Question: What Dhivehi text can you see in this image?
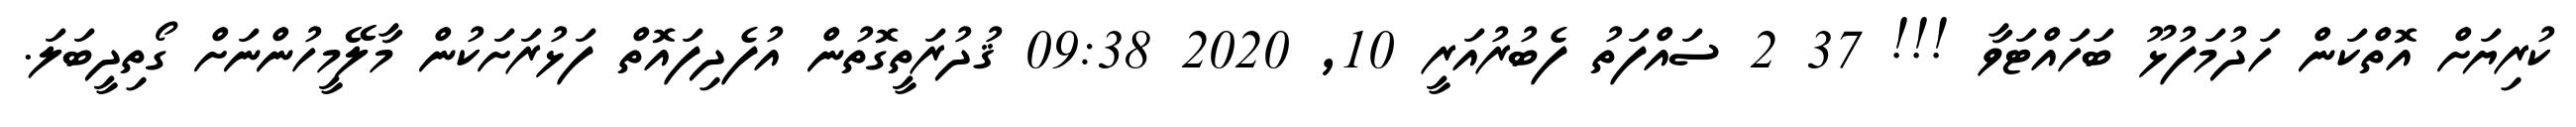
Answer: ކުރިޔަށް އޮތްކަން ހަދުމަފުޅޫ ބަހައްޓަވާ !!! 37 2 ސައްފަތު ފެބުރުއަރީ 10, 2020 09:38 ޤުދުރަތީގޮތުން އުފެދިފައޮތް ފަޅުރަށަކުން މާލޭމީހުންނަށް ގޯތިދީބަލަ.